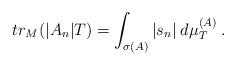
LaTeX: \begin{align*} tr_M(|A_n| T) = \int_{\sigma(A)} |s_n| \: d\mu_T^{(A)}\:.\end{align*}